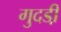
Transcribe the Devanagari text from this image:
गुदडी़